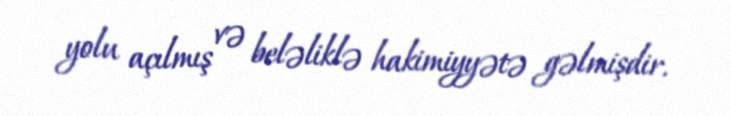
yolu açılmış və beləliklə hakimiyyətə gəlmişdir.